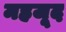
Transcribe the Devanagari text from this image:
महजूद